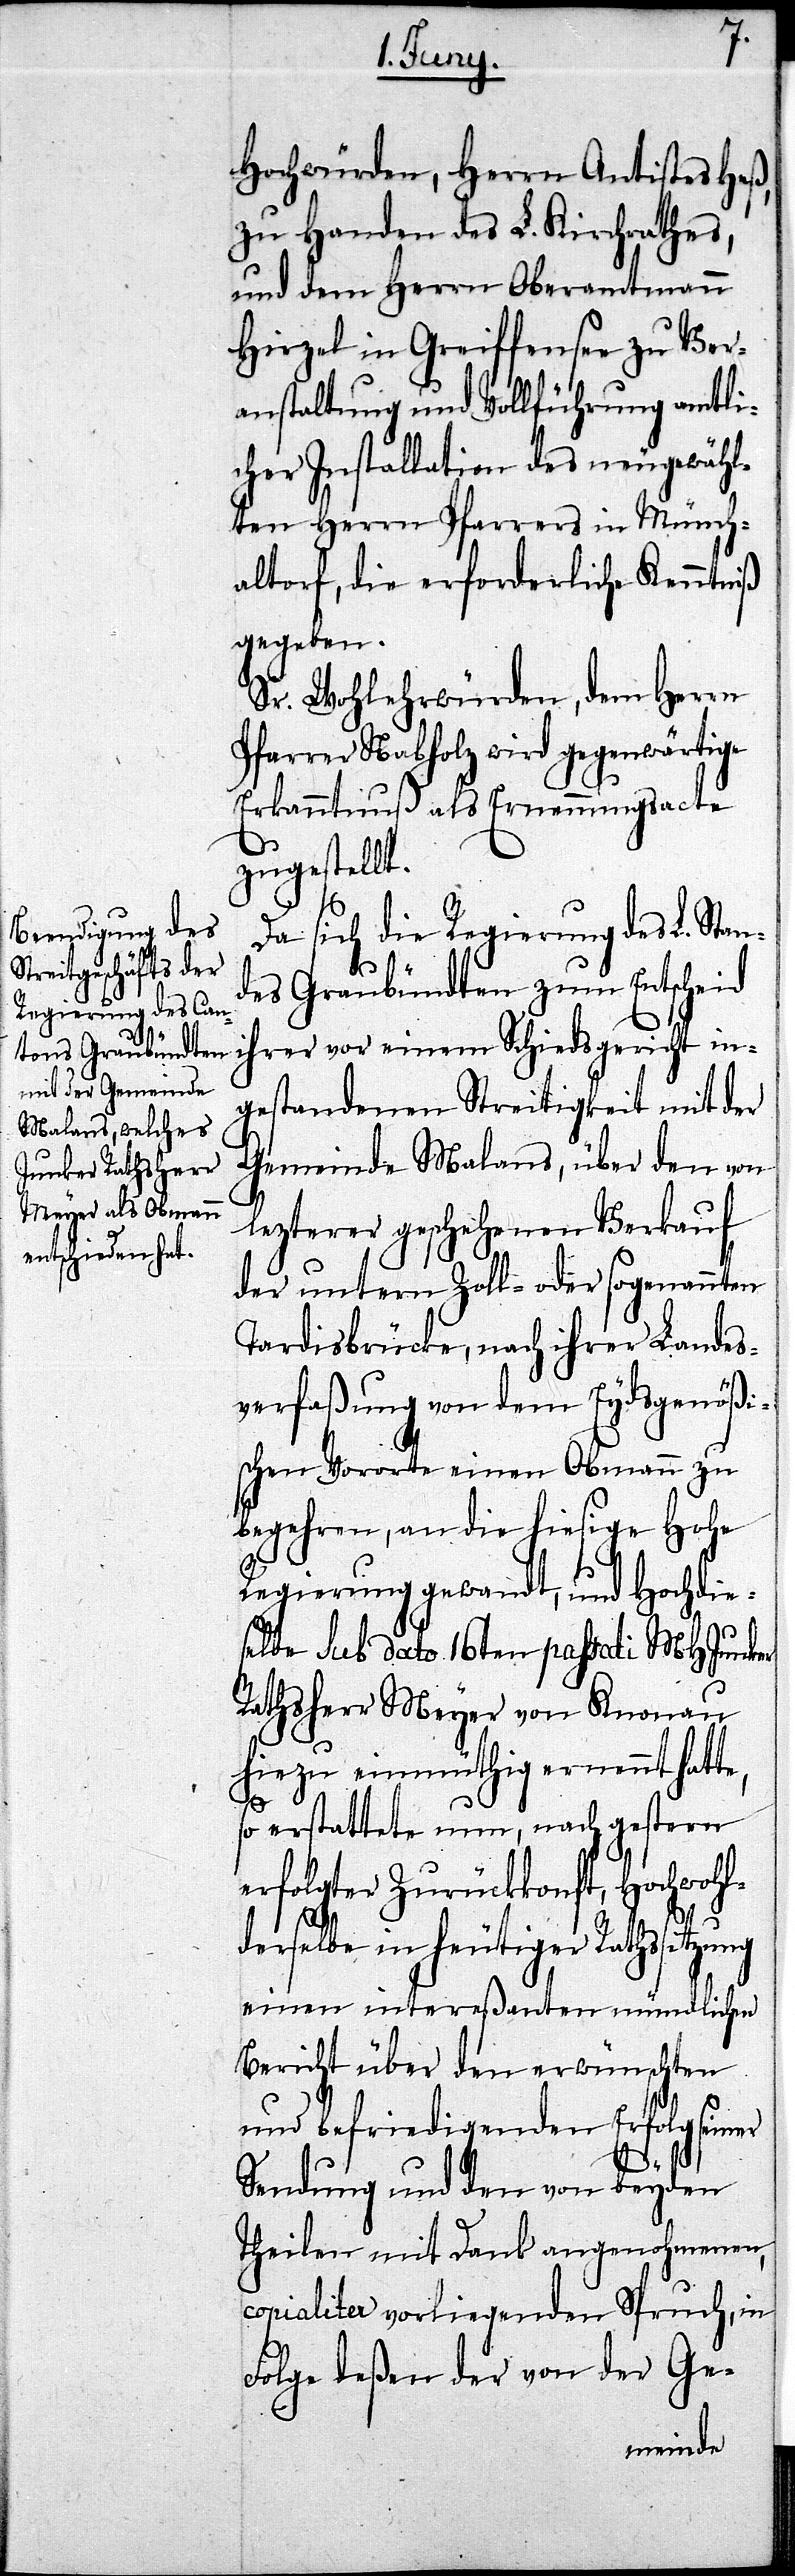
Hochwürden, Herrn Antistes Heß,
zu Handen des L. Kirchrathes,
und dem Herrn Oberamtmann
Hirzel in Greiffensee zu Ver¬
anstaltung und Vollführung amtli¬
cher Installation des neugewähl¬
ten Herrn Pfarrers in Münch¬
altorf, die erforderliche Kenntniß
gegeben.
Sr. Wohlehrwürden, dem Herrn
Pfarrer Nabholz wird gegenwärtige
Erkanntnuß als Ernennungsacte
zugestellt.
Da sich die Regierung des L. Stan¬
des Graubündten zum Entscheid
ihrer vor einem Schiedsgericht in¬
gestandenen Streitigkeit mit der
Gemeinde Malans, über den von
lezterer geschehenen Verkauf
der untern Zoll- oder sogenannten
Tardisbrücke, nach ihrer Landes¬
verfaßung von dem Eydsgenößi¬
schen Vororte einen Obmann zu
begehren, an die hiesige hohe
Regierung gewandt, und Hochdie¬
selbe Sub dato 16ten passati MHJunker
Rathsherr Meyer von Knonau
hiezu einmüthig ernannt hatte,
er
so erstattete nun, nach gestern
erfolgter Zurückkonft, Hochwohl¬
derselbe in heutiger Rathssitzu¬
einen intereßanten mündlichen
Bericht über den erwünschten
und befriedigenden Erfolg sein¬
Sendung und den von beyden
Theilen mit Dank angenohmenen,
copialiter vorliegenden Spruch, in
Folge deßen der von der Ge-